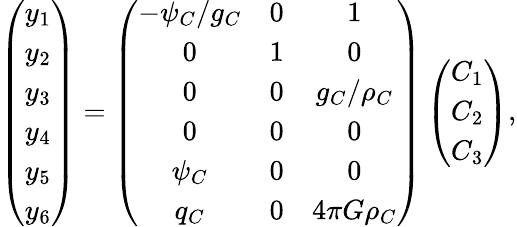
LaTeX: \left(\begin{array}{c}{y_{1}}\\ {y_{2}}\\ {y_{3}}\\ {y_{4}}\\ {y_{5}}\\ {y_{6}}\end{array}\right)=\left(\begin{array}{ccc}{-\psi_{C}/g_{C}}&{0}&{1}\\ {0}&{1}&{0}\\ {0}&{0}&{g_{C}/\rho_{C}}\\ {0}&{0}&{0}\\ {\psi_{C}}&{0}&{0}\\ {q_{C}}&{0}&{4\pi G\rho_{C}}\end{array}\right)\left(\begin{array}{c}{C_{1}}\\ {C_{2}}\\ {C_{3}}\end{array}\right),